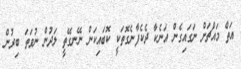
އަތް މައްޗަށް ނަގައިގެން އަނެކާ ދެކެފާނެގޮތަކީ ކޮބައިކަން ނޭނގޭތީ ލަދުން ނުވަތަ ބިރުން